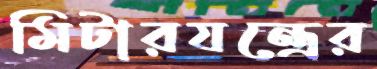
মিটারযন্ত্রের